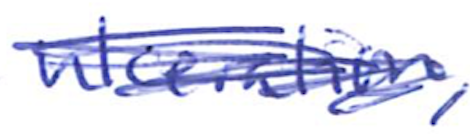
Text: ulceration,
Cross-out: scratch
Writing tool: ballpoint